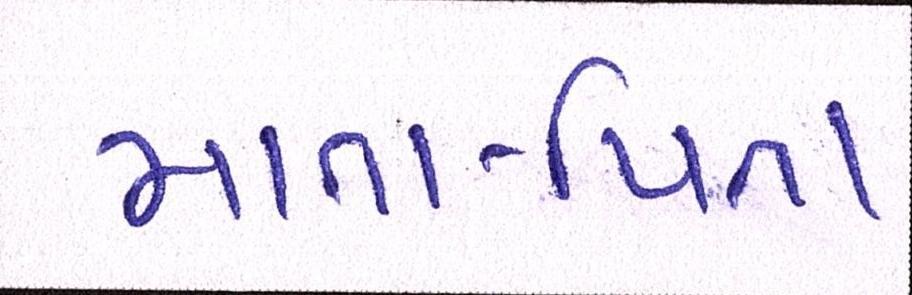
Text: માતા-પિતા